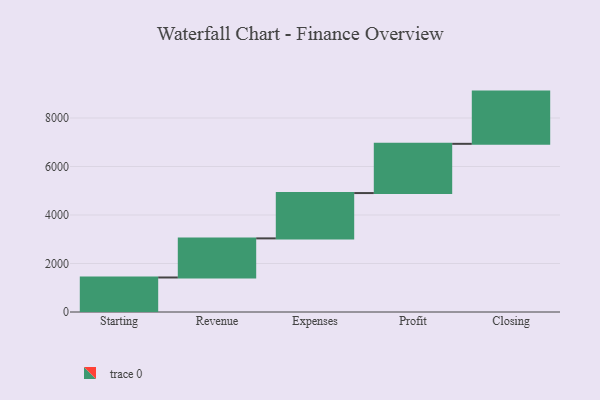
{"axis": {"x": "Step", "y": "Value"}, "legend": [""], "data": [{"x": "Starting", "y": 1423.0, "type": ""}, {"x": "Revenue", "y": 1613.0, "type": ""}, {"x": "Expenses", "y": 1869.0, "type": ""}, {"x": "Profit", "y": 2030.0, "type": ""}, {"x": "Closing", "y": 2154.0, "type": ""}]}